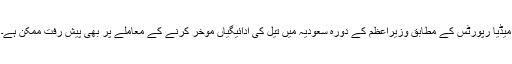
میڈیا رپورٹس کے مطابق وزیراعظم کے دورہ سعودیہ میں تیل کی ادائیگیاں موخر کرنے کے معاملے پر بھی پیش رفت ممکن ہے۔